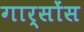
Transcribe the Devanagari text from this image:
गार्सोंस